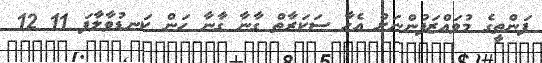
ފަންތީގެ މުވައްޒަފުންނަށް އެހާ ސަކަރާތް ގާނާ ގާނާ ހަން ކަނޑުވާލާފަ 11 12